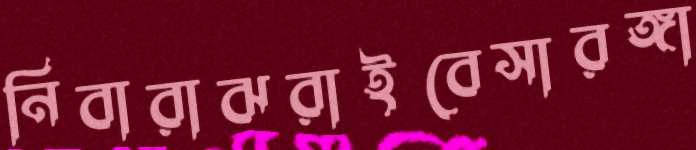
নিবারাঝরাইবেসারঙ্গা